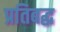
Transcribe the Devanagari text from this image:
प्रतिबद्ध